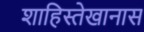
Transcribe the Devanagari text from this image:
शाहिस्तेखानास